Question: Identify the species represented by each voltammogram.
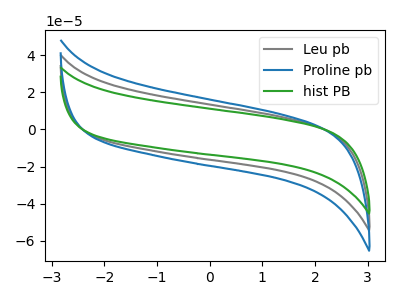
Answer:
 <answer>The gray curve is labeled "Leu pb". The blue curve is labeled "Proline pb". The green curve is labeled "hist PB".</answer>
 <eval></eval>